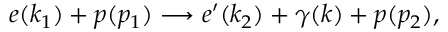
e ( k _ { 1 } ) + p ( p _ { 1 } ) \longrightarrow e ^ { \prime } ( k _ { 2 } ) + \gamma ( k ) + p ( p _ { 2 } ) ,